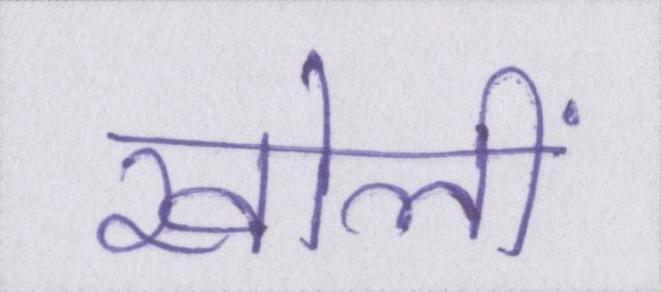
खोलीं